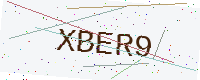
Text: XBER9